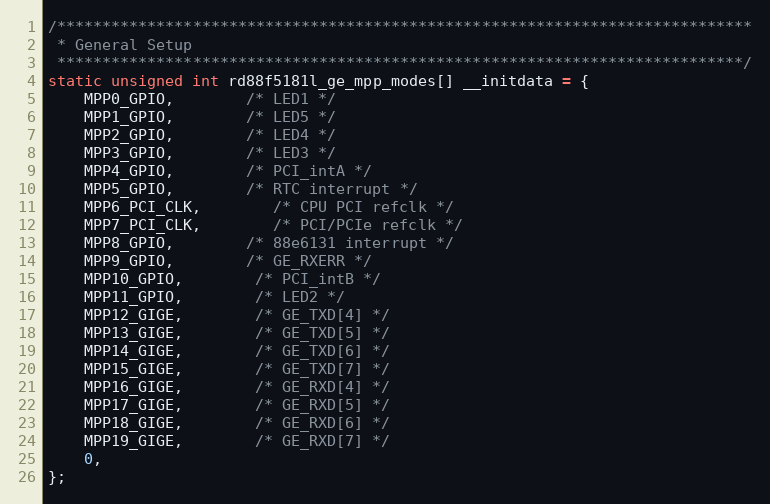
Language: C
/*****************************************************************************
 * General Setup
 ****************************************************************************/
static unsigned int rd88f5181l_ge_mpp_modes[] __initdata = {
	MPP0_GPIO,		/* LED1 */
	MPP1_GPIO,		/* LED5 */
	MPP2_GPIO,		/* LED4 */
	MPP3_GPIO,		/* LED3 */
	MPP4_GPIO,		/* PCI_intA */
	MPP5_GPIO,		/* RTC interrupt */
	MPP6_PCI_CLK,		/* CPU PCI refclk */
	MPP7_PCI_CLK,		/* PCI/PCIe refclk */
	MPP8_GPIO,		/* 88e6131 interrupt */
	MPP9_GPIO,		/* GE_RXERR */
	MPP10_GPIO,		/* PCI_intB */
	MPP11_GPIO,		/* LED2 */
	MPP12_GIGE,		/* GE_TXD[4] */
	MPP13_GIGE,		/* GE_TXD[5] */
	MPP14_GIGE,		/* GE_TXD[6] */
	MPP15_GIGE,		/* GE_TXD[7] */
	MPP16_GIGE,		/* GE_RXD[4] */
	MPP17_GIGE,		/* GE_RXD[5] */
	MPP18_GIGE,		/* GE_RXD[6] */
	MPP19_GIGE,		/* GE_RXD[7] */
	0,
};